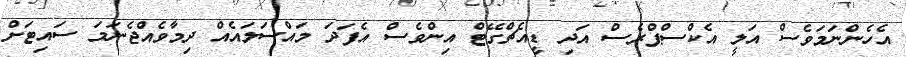
އެހެންނަމަވެސް އަލީ އެކްސްޕްރެސް އަދި ޑީއެޗްގޭޓް އިންވެސް އެފަދަ މައްސަލައެއް ދިމާވެއްޖެނަމަ ސައިޓަށް